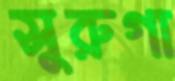
সুরুগা